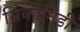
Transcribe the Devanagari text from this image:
सिकोनिडी